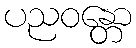
ပညဝန္တော